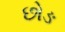
છોઙ